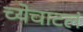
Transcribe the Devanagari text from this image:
च्येचाटलं